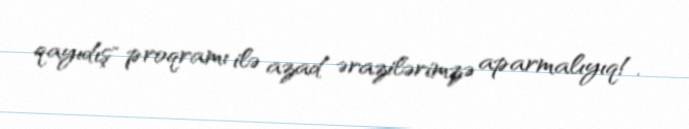
qayıdış" proqramı ilə azad ərazilərimzə aparmalıyıq!.